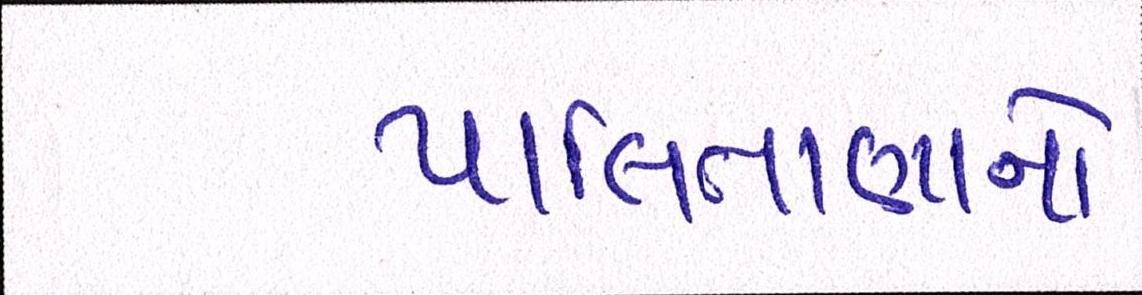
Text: પાલિતાણાનો